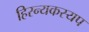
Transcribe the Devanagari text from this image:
हिरन्यकस्यप